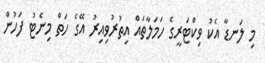
މި ލަނޑާ އެކު ވިކްޓަރީގެ ހަމަލާތައް އިތުރުވިއިރު އޭގެ ހަތް މިނެޓު ފަހުން